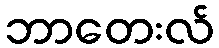
ဘာတေးလ်